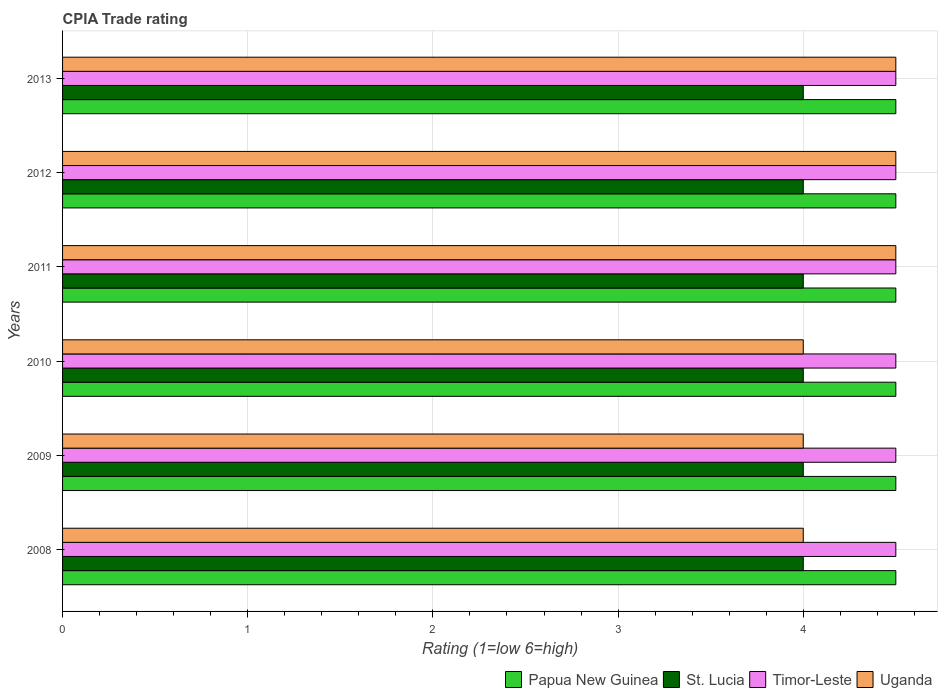
| Years | Papua New Guinea | St. Lucia | Timor-Leste | Uganda |
 | --- | --- | --- | --- | --- |
 | 2008 | 4.5 | 4 | 4.5 | 4 |
 | 2009 | 4.5 | 4 | 4.5 | 4 |
 | 2010 | 4.5 | 4 | 4.5 | 4 |
 | 2011 | 4.5 | 4 | 4.5 | 4.5 |
 | 2012 | 4.5 | 4 | 4.5 | 4.5 |
 | 2013 | 4.5 | 4 | 4.5 | 4.5 |